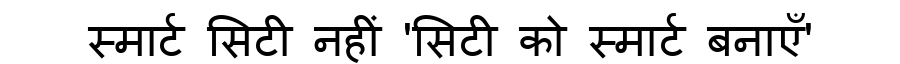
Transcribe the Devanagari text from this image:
स्मार्ट सिटी नहीं 'सिटी को स्मार्ट बनाएँ'